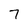
Character: 7